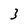
Character: 3